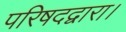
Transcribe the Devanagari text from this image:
परिषदद्वारा।